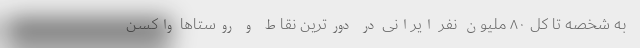
به شخصه تا کل ۸۰ ملیون نفر ایرانی در دورترین نقاط و روستاها واکسن